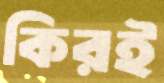
কিরই